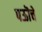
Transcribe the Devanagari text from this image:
पऊॊचे